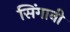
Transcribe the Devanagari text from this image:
सिंगानी